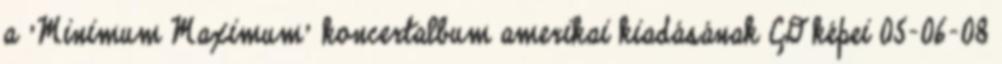
a 'Minimum Maximum' koncertalbum amerikai kiadásának CD képei 05-06-08